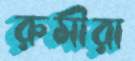
রুমীরা